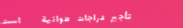
تأجير دراجات هوائية   است